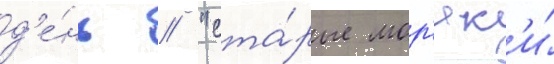
д'е́нь // "ста́рые мор'як'и́